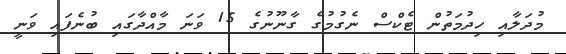
މުދަލާއި ހިދުމަތުން ޓެކްސް ނެގުމުގެ ގާނޫނުގެ 15 ވަނަ މާއްދާގައި ބުނެފައި ވަނީ